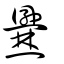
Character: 㸑